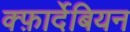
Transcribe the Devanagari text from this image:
क्फ़ार्देबियन